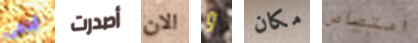
قدمى أصدرت الان و مكان امتصاص